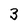
Character: 3